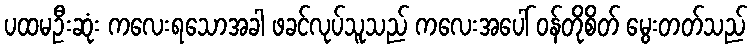
ပထမဦးဆုံး ကလေးရသောအခါ ဖခင်လုပ်သူသည် ကလေးအပေါ် ဝန်တိုစိတ် မွေးတတ်သည်